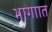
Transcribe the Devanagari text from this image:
भागाात